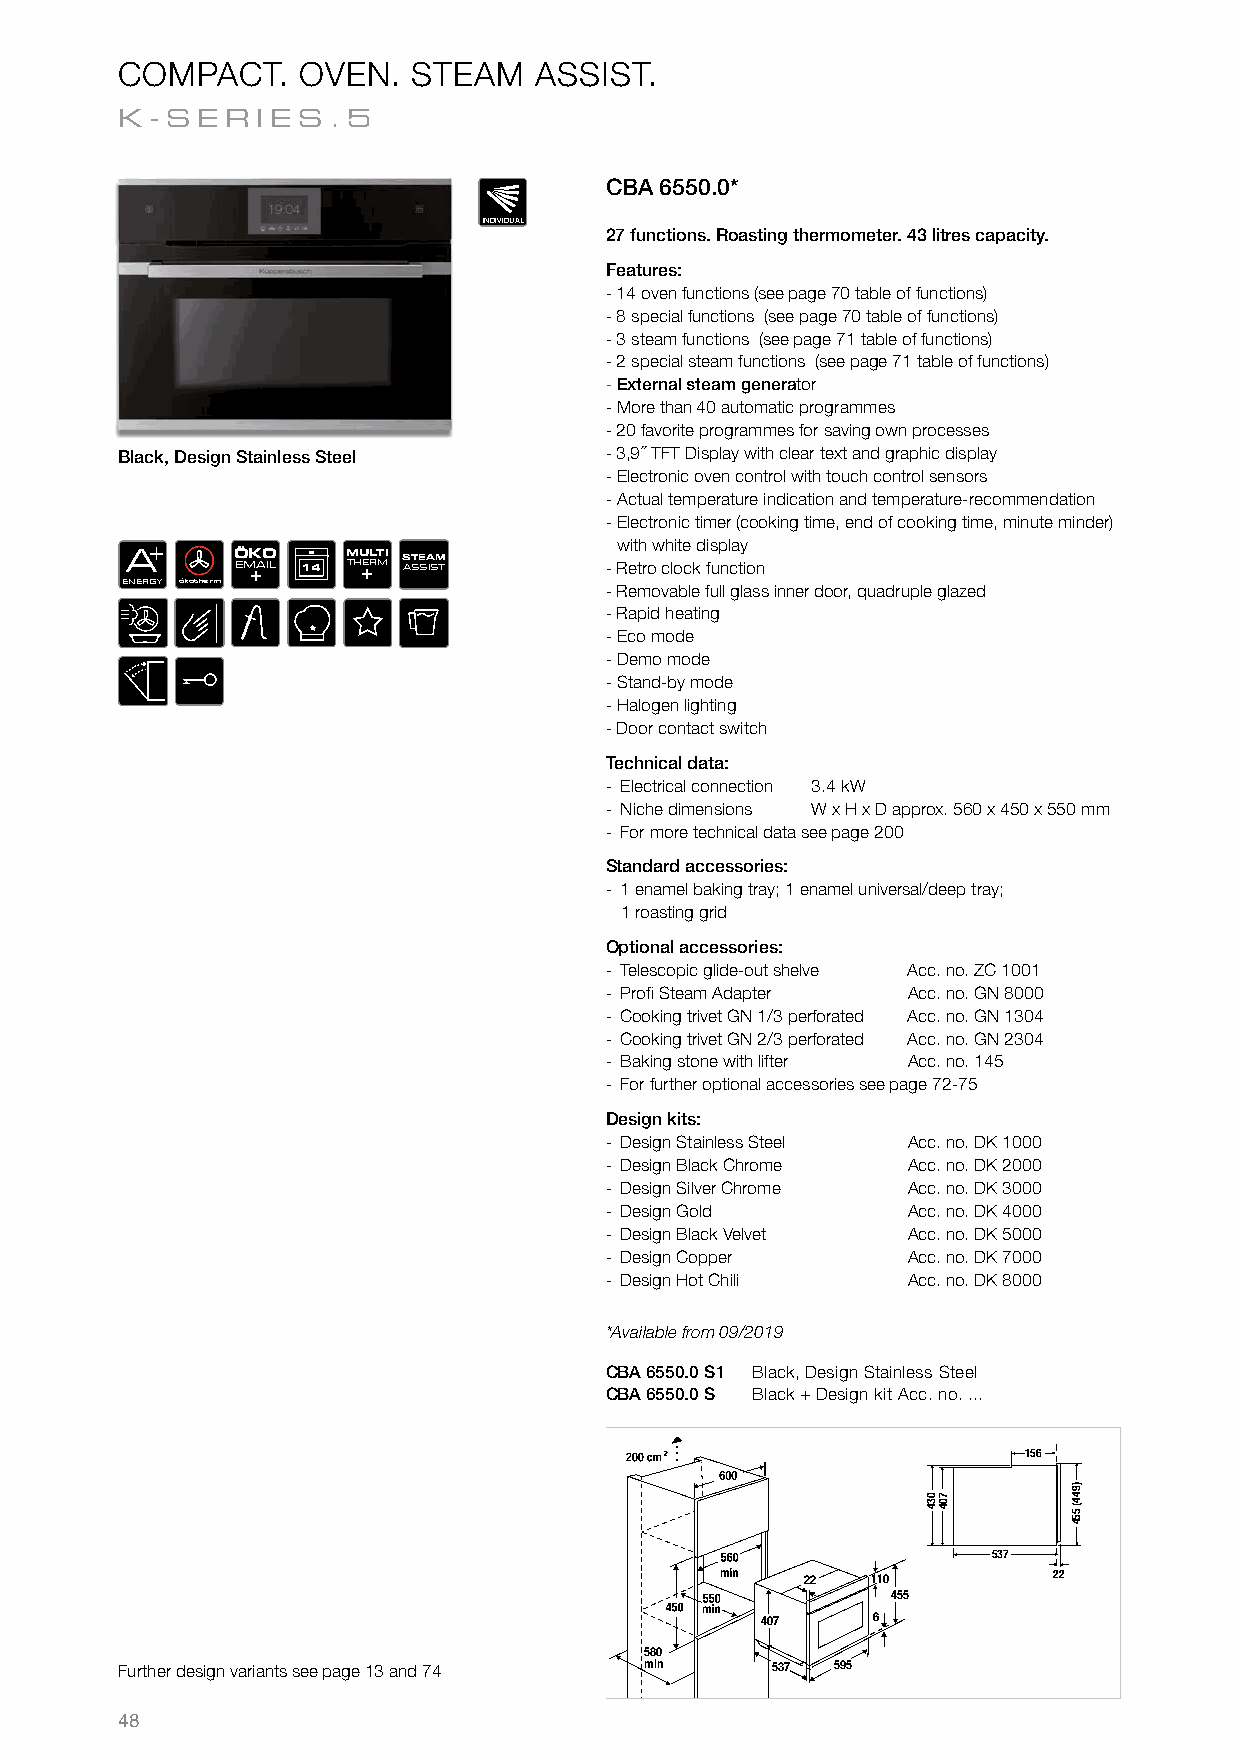
COMPACT.    OVEN.  STEAM   ASSIST.
 K-SER    IES.5
 CBA 6550.0*
 INDIVIDUAL
 27 functions. Roasting thermometer. 43 litres capacity.
 Features:
 - 14 oven functions (see page 70 table of functions)
 - 8 special functions (see page 70 table of functions)
 - 3 steam functions (see page 71 table of functions)
 - 2 special steam functions (see page 71 table of functions)
 - External steam generator
 - More than 40 automatic programmes
 - 20 favorite programmes for saving own processes
 Black, Design Stainless Steel   - 3,9´´ TFT Display with clear text and graphic display
 - Electronic oven control with touch control sensors
 - Actual temperature indication and temperature-recommendation
 - Electronic timer (cooking time, end of cooking time, minute minder)
 +                              with white display
 EA
 NERGY ökotherm
 Ö EMK +AO IL 14 M THU +ERLT MI S AT SE SA ISM T -
 -
 R Re et mro
 o
 vc alo bc lek ff uu ln
 l
 c gt laio sn
 s inner door, quadruple glazed
 - Rapid heating
 - Eco mode
 - Demo mode
 - Stand-by mode
 - Halogen lighting
 - Door contact switch
 Technical data:
 - Electrical connection 3.4 kW
 - Niche dimensions W x H x D approx. 560 x 450 x 550 mm
 - For more technical data see page 200
 Standard accessories:
 - 1 enamel baking tray; 1 enamel universal/deep tray;
 1 roasting grid
 Optional accessories:
 - Telescopic glide-out shelve Acc. no. ZC 1001
 - Profi Steam Adapter Acc. no. GN 8000
 - Cooking trivet GN 1/3 perforated Acc. no. GN 1304
 - Cooking trivet GN 2/3 perforated Acc. no. GN 2304
 - Baking stone with lifter Acc. no. 145
 - For further optional accessories see page 72-75
 Design kits:
 - Design Stainless Steel Acc. no. DK 1000
 - Design Black Chrome Acc. no. DK 2000
 - Design Silver Chrome Acc. no. DK 3000
 - Design Gold       Acc. no. DK 4000
 - Design Black Velvet Acc. no. DK 5000
 - Design Copper     Acc. no. DK 7000
 - Design Hot Chili  Acc. no. DK 8000
 *Available from 09/2019
 CBA 6550.0 S1 Black, Design Stainless Steel
 CBA 6550.0 S Black + Design kit Acc. no. ...
 156
 537
 22   110         22
 455
 407     6
 580
 Further design variants see page 13 and 74 min 537 595
 48
 034 704
 )944(
 554